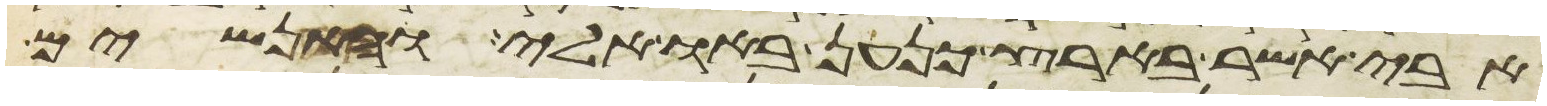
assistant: אבי אשר בארץ כנען באו אלי והאנשים